Vaccination United Provinces of Agra and Oudh 1923-1928 - 1923-1928
Year: 1923
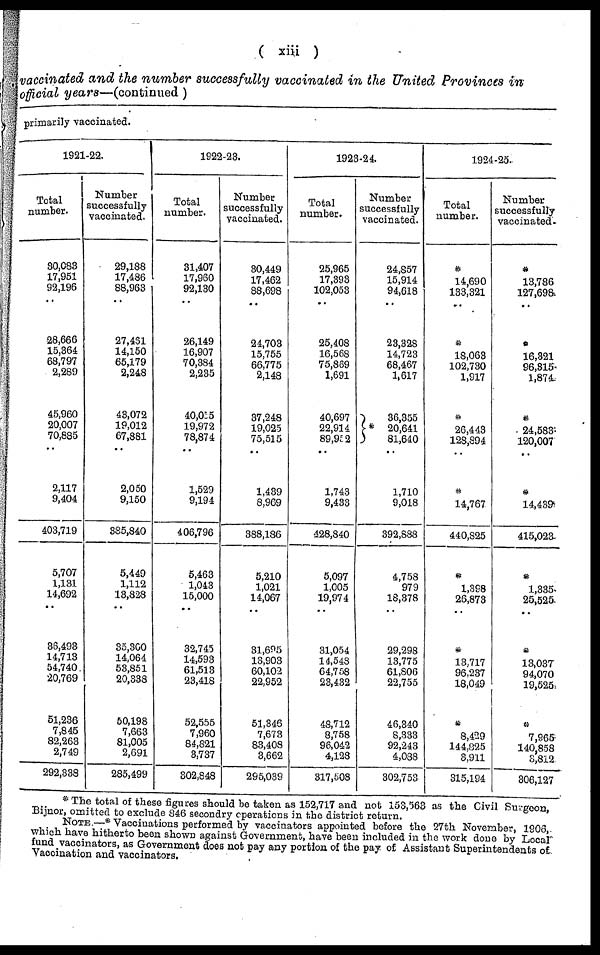
( xiii )
vaccinated and the number successfully vaccinated in the United Provinces in
official years—(continued )
primarily vaccinated.
1921-22.
Total
number.
30,083
17,951
92,196
..
28,666
15,364
68,797
2,289
45,960
20,007
70,885
..
2,117
9,404
403,719
5,707
1,131
14,692
..
36,493
14,713
54,740
20,769
51,236
7,845
82,263
2,749
292,338
Number
successfully
vaccinated.
29,188
17,486
88,963
..
27,481
14,150
65,179
2,248
43,072
19,012
67,881
..
2,050
9,150
385,840
5,449
1,112
13,828
..
35,300
14,064
53,851
20,338
50,198
7,663
81,005
2,691
285,499
1922-23.
Total
number.
31,407
17,960
92,130
..
26,149
16,907
70,384
2,235
40,015
19,972
78,874
..
1,529
9,194
406,796
5,463
1,043
15,000
..
32,745
14,593
61,513
23,418
52,555
7,960
84,821
3,737
302,848
Number
successfully
vaccinated.
30,449
17,462
88,698
..
24,703
15,755
66,775
2,148
37,248
19,025
75,515
..
1,439
8,969
388,186
5,210
1,021
14,067
..
31,695
13,903
60,102
22,952
51,346
7,673
83,408
3,662
295,039
1923-24.
Total
number.
25,965
17,393
102,053
..
25,408
16,568
75,869
1,691
40,697
22,914
89,952
..
1,743
9,433
428,840
5,097
1,005
19,974
..
31,054
14,548
64,758
23,432
48,712
8,758
96,042
4,128
317,508
Number
successfully
vaccinated.
24,857
15,914
94,618
..
23,328
14,723
68,467
1,617
36,355
* 20,641
81,640
..
1,710
9,018
392,888
4,758
979
18,378
..
29,298
13,775
61,806
22,755
46,340
8,333
92,243
4,088
302,753
1924-25.
Total
number.
*
14,690
133,321
..
*
18,063
102,730
1,917
*
26,443
128,894
..
*
14,767
440,825
*
1,398
26,873
..
*
13,717
96,237
18,049
*
8,429
144,825
3,911
315,194
Number
successfully
vaccinated.
*
13,786
127,698
..
*
16,321
96,315
1,874
*
24,583
120,007
..
*
14,439
415,023
*
1,335
25,525
..
*
13,037
94,070
19,525
*
7,965
140,858
3,812
306,127
* The total of these figures should be taken as 152,717 and not 153,563 as the Civil Surgeon,
Bijnor, omitted to exclude 846 secondry operations in the district return.
NOTE.—* Vaccinations performed by vaccinators appointed before the 27th November, 1906,
which have hitherto been shown against Government, have been included in the work done by Local
fund vaccinators, as Government does not pay any portion of the pay of Assistant Superintendents of
Vaccination and vaccinators.